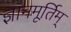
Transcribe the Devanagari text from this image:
ज्ञानमूर्तिम्